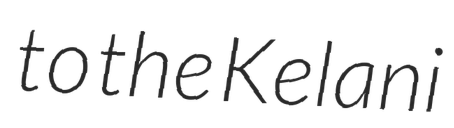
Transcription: to the Kelani